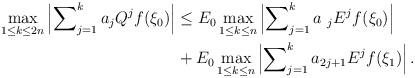
LaTeX: \begin{align*}\max_{1\leq k\leq2n}\left\vert \sum\nolimits_{j=1}^{k}a_{j}Q^{j}f(\xi_{0})\right\vert & \leq E_{0}\max_{1\leq k\leq n}\left\vert \sum\nolimits_{j=1}^{k}a_{\ j}E^{j}f(\xi_{0})\right\vert \\& +E_{0}\max_{1\leq k\leq n}\left\vert \sum\nolimits_{j=1}^{k}a_{2j+1}E^{j}f(\xi_{1})\right\vert .\end{align*}